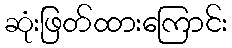
ဆုံးဖြတ်ထားကြောင်း